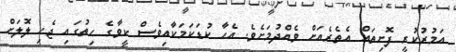
އަމުރުކުރީ ފޮށިތައް އެތެރެއަށް ވެއްދުމަށެވެ. އެހާ ކުޑަކަމަކާއިވެސް ކީވާގެ ހިތުގައި ޖެހި ލޮލަށް